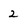
Character: 2